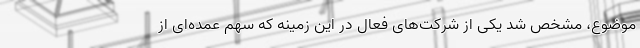
موضوع، مشخص شد یکی از شرکت‌های فعال در این زمینه که سهم عمده‌ای از